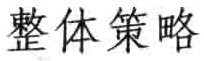
整体策略